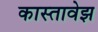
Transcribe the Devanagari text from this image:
कास्तावेझ